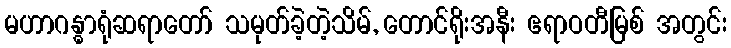
မဟာဂန္ဓာရုံဆရာတော် သမုတ်ခဲ့တဲ့သိမ်, တောင်ရိုးအနီး ဧရာဝတီမြစ် အတွင်း